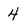
Character: 4